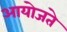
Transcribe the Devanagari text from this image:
आयोजते